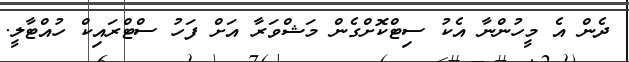
ދެން އެ މީހުންނާ އެކު ސިޓްކޮށްގެން މަޝްވަރާ އަށް ފަހު ސްޓްރައިކް ހުއްޓާލީ.